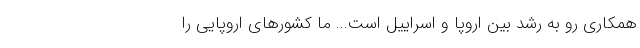
همکاری رو به رشد بین اروپا و اسراییل است... ما کشورهای اروپایی را